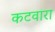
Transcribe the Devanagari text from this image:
कटवारा